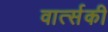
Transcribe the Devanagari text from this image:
वार्त्सकी